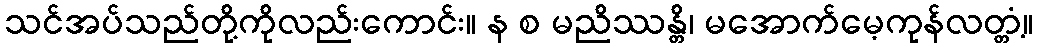
သင်အပ်သည်တို့ကိုလည်းကောင်း။ န စ မညိဿန္တိ၊ မအောက်မေ့ကုန်လတ္တံ့။